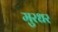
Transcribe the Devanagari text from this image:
मुरधर